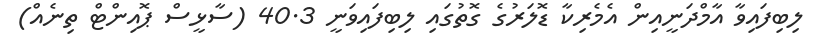
ލިބިފައިވާ އާމްދަނީއިން އެމެރިކާ ޑޮލަރުގެ ގޮތުގައި ލިބިފައިވަނީ 40.3 (ސާޅީސް ޕޮއިންޓް ތިނެއް)